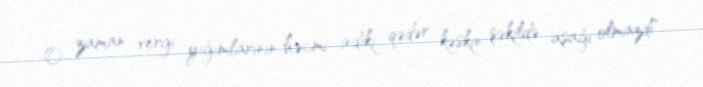
O zaman vergi yığımlarının həcmi indiki qədər kəskin şəkildə aşağı olmazdı".